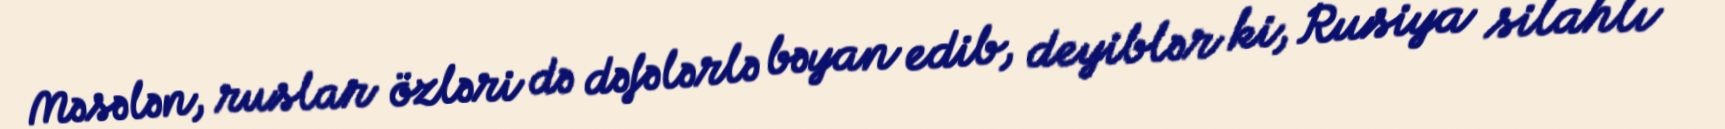
Məsələn, ruslar özləri də dəfələrlə bəyan edib, deyiblər ki, Rusiya silahlı